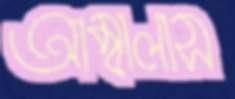
আম্বালাস